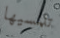
تلمسيها